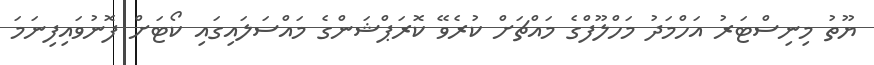
ޔޫތު މިނިސްޓަރު އަހްމަދު މަހްލޫފްގެ މައްޗަށް ކުރެވޭ ކޮރަޕްޝަންގެ މައްސަލައިގައި ކޯޓަށް ފޮނުވައިފިނަމަ